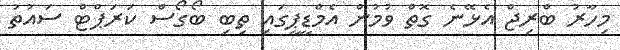
މިހާރު ބްރިޖް އެޅޭނެ ގޮތް ވުމުން އެމްޑީޕީގައި ތިބި ބޯގޯސް ކަރަޕްޓް ސައުތު